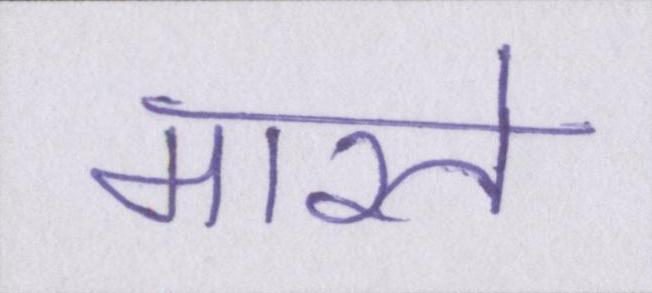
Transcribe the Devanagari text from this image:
मारते